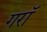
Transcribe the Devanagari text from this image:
गराॅ